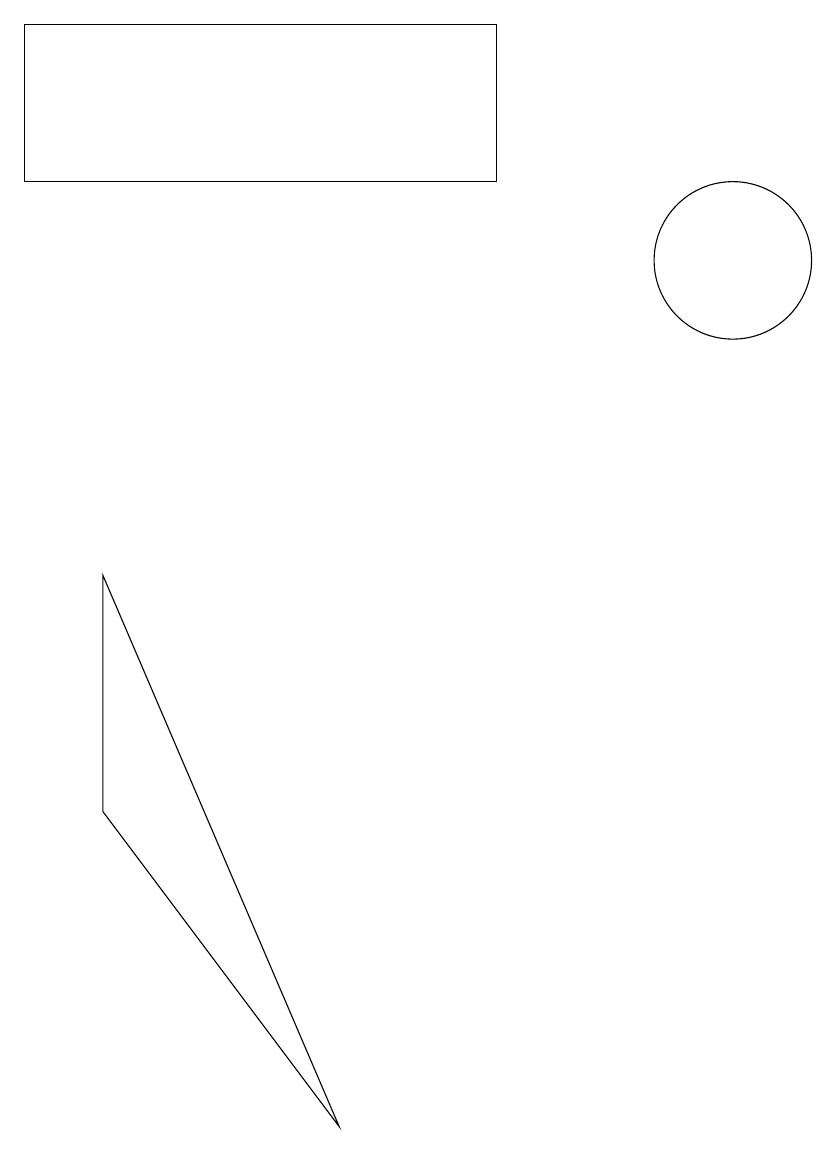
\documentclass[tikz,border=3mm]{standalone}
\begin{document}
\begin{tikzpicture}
\draw (1,15) rectangle (7,13);
\draw (5,1) -- (2,8) -- (2,5) -- cycle;
\draw (10,12) circle (1);
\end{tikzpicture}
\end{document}